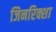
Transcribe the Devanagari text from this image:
जिनरिक्शा